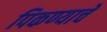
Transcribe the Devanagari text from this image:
पिकण्याचे